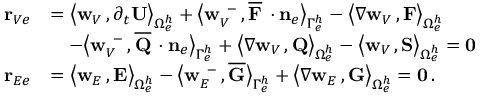
\begin{array} { r l } { { \bf r } _ { V e } } & { = \big \langle { { \bf w } _ { V } } \, , \partial _ { { t } } { \bf U } \big \rangle _ { \Omega _ { e } ^ { h } } + \big \langle { { \bf w } } _ { V } ^ { \, \, \, - } \, , \overline { { { \bf F } } } \, \cdot { { \bf n } } _ { e } \big \rangle _ { \Gamma _ { e } ^ { h } } - \big \langle \nabla { { \bf w } _ { V } } \, , { \bf F } \big \rangle _ { \Omega _ { e } ^ { h } } } \\ & { \quad - \big \langle { { \bf w } } _ { V } ^ { \, \, \, - } \, , \overline { { { \bf Q } } } \, \cdot { { \bf n } } _ { e } \big \rangle _ { \Gamma _ { e } ^ { h } } + \big \langle \nabla { { \bf w } _ { V } } \, , { \bf Q } \big \rangle _ { \Omega _ { e } ^ { h } } - \big \langle { { \bf w } _ { V } } \, , { \bf S } \big \rangle _ { \Omega _ { e } ^ { h } } = { \bf 0 } } \\ { { \bf r } _ { E e } } & { = \big \langle { { \bf w } _ { E } } \, , { \bf E } \big \rangle _ { \Omega _ { e } ^ { h } } - \big \langle { { \bf w } } _ { E } ^ { \, \, \, - } \, , \overline { { { \bf G } } } \big \rangle _ { \Gamma _ { e } ^ { h } } + \big \langle \nabla { { \bf w } _ { E } } \, , { \bf G } \big \rangle _ { \Omega _ { e } ^ { h } } = { \bf 0 } \, . } \end{array}